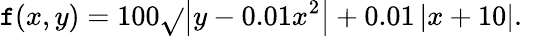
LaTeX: \mathtt{f}(x,y)=100{\sqrt{}{{\left|y-0.01x^{2}\right|}}}+0.01\left|x+10\right|.\quad